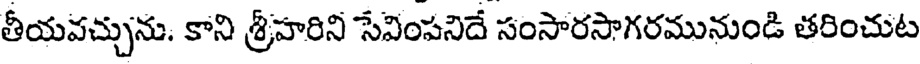
తీయవచ్చును. కాని శ్రీహరిని సేవింపనిదే సంసారసాగరమునుండి తరించుట